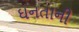
ઘનતાની